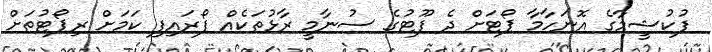
ފުކުޝީމާގެ އޮނަހާމާ ޕޯޓަށް ދެ ފޫޓުގެ ސުނާމީ ރާޅުތަކެއް ފޯރައިފި ކަމަށް ރިޕޯޓުތަށް